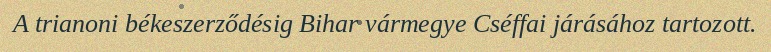
A trianoni békeszerződésig Bihar vármegye Cséffai járásához tartozott.